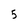
Character: 5